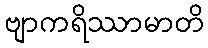
ဗျာကရိဿာမာတိ